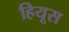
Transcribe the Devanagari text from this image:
हियूस